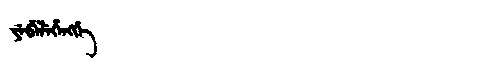
Manchu: ᠶᡝᠪᡝᠯᡝᡥᡝᠩᡤᡝ
Romanization: YEBELEHENGGE